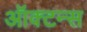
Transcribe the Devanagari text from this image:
ऑक्टन्स